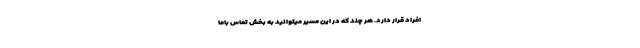
افراد قرار دارد. هر چند که در این مسیر میتوانید به بخش تماس باما